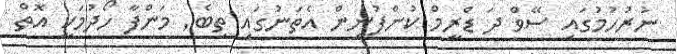
ނުރުހުމުގައި ސޭވް ދަ ޑްރީމް ކުންފުނިން އެތަނުގައި ތިބެ